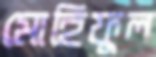
মোহিফুল